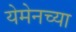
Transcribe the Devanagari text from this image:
येमेनच्या